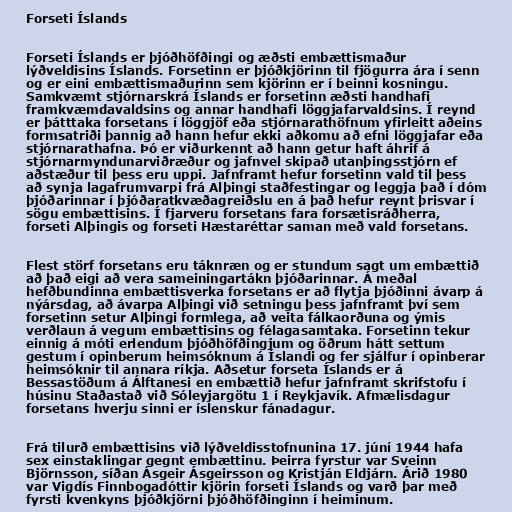
Forseti Íslands

Forseti Íslands er þjóðhöfðingi og æðsti embættismaður
lýðveldisins Íslands. Forsetinn er þjóðkjörinn til fjögurra ára í senn
og er eini embættismaðurinn sem kjörinn er í beinni kosningu.
Samkvæmt stjórnarskrá Íslands er forsetinn æðsti handhafi
framkvæmdavaldsins og annar handhafi löggjafarvaldsins. Í reynd
er þátttaka forsetans í löggjöf eða stjórnarathöfnum yfirleitt aðeins
formsatriði þannig að hann hefur ekki aðkomu að efni löggjafar eða
stjórnarathafna. Þó er viðurkennt að hann getur haft áhrif á
stjórnarmyndunarviðræður og jafnvel skipað utanþingsstjórn ef
aðstæður til þess eru uppi. Jafnframt hefur forsetinn vald til þess
að synja lagafrumvarpi frá Alþingi staðfestingar og leggja það í dóm
þjóðarinnar í þjóðaratkvæðagreiðslu en á það hefur reynt þrisvar í
sögu embættisins. Í fjarveru forsetans fara forsætisráðherra,
forseti Alþingis og forseti Hæstaréttar saman með vald forsetans.

Flest störf forsetans eru táknræn og er stundum sagt um embættið
að það eigi að vera sameiningartákn þjóðarinnar. Á meðal
hefðbundinna embættisverka forsetans er að flytja þjóðinni ávarp á
nýársdag, að ávarpa Alþingi við setningu þess jafnframt því sem
forsetinn setur Alþingi formlega, að veita fálkaorðuna og ýmis
verðlaun á vegum embættisins og félagasamtaka. Forsetinn tekur
einnig á móti erlendum þjóðhöfðingjum og öðrum hátt settum
gestum í opinberum heimsóknum á Íslandi og fer sjálfur í opinberar
heimsóknir til annara ríkja. Aðsetur forseta Íslands er á
Bessastöðum á Álftanesi en embættið hefur jafnframt skrifstofu í
húsinu Staðastað við Sóleyjargötu 1 í Reykjavík. Afmælisdagur
forsetans hverju sinni er íslenskur fánadagur.

Frá tilurð embættisins við lýðveldisstofnunina 17. júní 1944 hafa
sex einstaklingar gegnt embættinu. Þeirra fyrstur var Sveinn
Björnsson, síðan Ásgeir Ásgeirsson og Kristján Eldjárn. Árið 1980
var Vigdís Finnbogadóttir kjörin forseti Íslands og varð þar með
fyrsti kvenkyns þjóðkjörni þjóðhöfðinginn í heiminum.